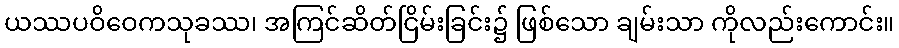
ယဿပဝိဝေကသုခဿ၊ အကြင်ဆိတ်ငြိမ်းခြင်း၌ ဖြစ်သော ချမ်းသာ ကိုလည်းကောင်း။